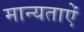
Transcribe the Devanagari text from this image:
मान्यताऐं